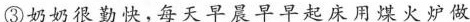
③奶奶很勤快，每天早晨早早起床用煤火炉做